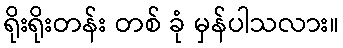
ရိုးရိုးတန်း တစ် ခုံ မှန်ပါသလား။